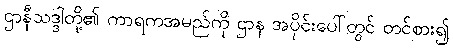
ဌာနီသဒ္ဒါတို့၏ ကာရကအမည်ကို ဌာန အပိုင်းပေါ်တွင် တင်စား၍